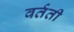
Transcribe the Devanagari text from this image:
वर्तती